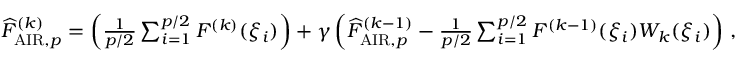
\begin{array} { r } { \widehat { F } _ { \mathrm { A I R } , p } ^ { ( k ) } = \left( \frac { 1 } { p / 2 } \sum _ { i = 1 } ^ { p / 2 } F ^ { ( k ) } ( \xi _ { i } ) \right) + \gamma \left( \widehat { F } _ { \mathrm { A I R } , p } ^ { ( k - 1 ) } - \frac { 1 } { p / 2 } \sum _ { i = 1 } ^ { p / 2 } F ^ { ( k - 1 ) } ( \xi _ { i } ) W _ { k } ( \xi _ { i } ) \right) \, , } \end{array}